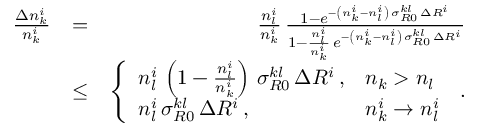
\begin{array} { r l r } { \frac { \Delta n _ { k } ^ { i } } { n _ { k } ^ { i } } } & { = } & { \frac { n _ { l } ^ { i } } { n _ { k } ^ { i } } \, \frac { 1 - e ^ { - \left( n _ { k } ^ { i } - n _ { l } ^ { i } \right) \, \sigma _ { R 0 } ^ { k l } \, \Delta R ^ { i } } } { 1 - \frac { n _ { l } ^ { i } } { n _ { k } ^ { i } } \, e ^ { - \left( n _ { k } ^ { i } - n _ { l } ^ { i } \right) \, \sigma _ { R 0 } ^ { k l } \, \Delta R ^ { i } } } } \\ & { \le } & { \left\{ \begin{array} { l l } { n _ { l } ^ { i } \, \left( 1 - \frac { n _ { l } ^ { i } } { n _ { k } ^ { i } } \right) \, \sigma _ { R 0 } ^ { k l } \, \Delta R ^ { i } \, , } & { n _ { k } > n _ { l } } \\ { n _ { l } ^ { i } \, \sigma _ { R 0 } ^ { k l } \, \Delta R ^ { i } \, , } & { n _ { k } ^ { i } \rightarrow n _ { l } ^ { i } } \end{array} \right. \, . } \end{array}